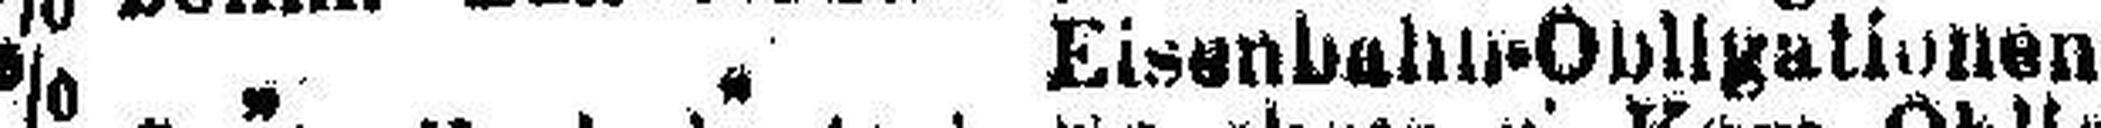
4% „ „ Eisenbahn-Obligationen